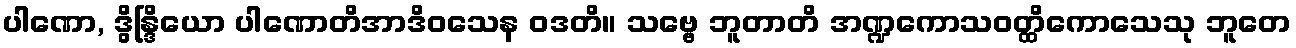
ပါဏော, ဒွိန္ဒြိယော ပါဏောတိအာဒိဝသေန ဝဒတိ။ သဗ္ဗေ ဘူတာတိ အဏ္ဍကောသဝတ္ထိကောသေသု ဘူတေ